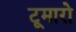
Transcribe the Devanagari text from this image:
टूमारो